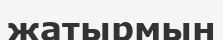
жатырмын